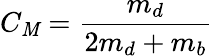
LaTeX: C_{\mathit{M}}=\frac{{m_{d}}}{{2m_{d}+m_{b}}}